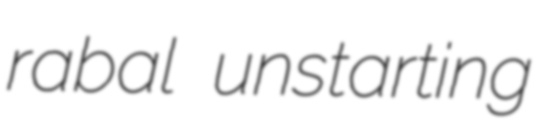
rabal unstarting